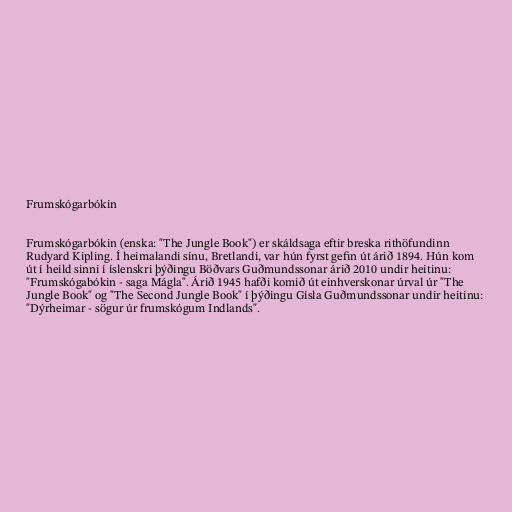
Frumskógarbókin

Frumskógarbókin (enska: "The Jungle Book") er skáldsaga eftir breska rithöfundinn
Rudyard Kipling. Í heimalandi sínu, Bretlandi, var hún fyrst gefin út árið 1894. Hún kom
út í heild sinni í íslenskri þýðingu Böðvars Guðmundssonar árið 2010 undir heitinu:
"Frumskógabókin - saga Mágla". Árið 1945 hafði komið út einhverskonar úrval úr "The
Jungle Book" og "The Second Jungle Book" í þýðingu Gísla Guðmundssonar undir heitinu:
"Dýrheimar - sögur úr frumskógum Indlands".